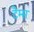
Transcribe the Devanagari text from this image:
टैम्स